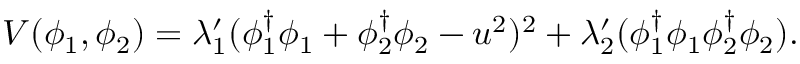
V ( \phi _ { 1 } , \phi _ { 2 } ) = \lambda _ { 1 } ^ { \prime } ( \phi _ { 1 } ^ { \dagger } \phi _ { 1 } + \phi _ { 2 } ^ { \dagger } \phi _ { 2 } - u ^ { 2 } ) ^ { 2 } + \lambda _ { 2 } ^ { \prime } ( \phi _ { 1 } ^ { \dagger } \phi _ { 1 } \phi _ { 2 } ^ { \dagger } \phi _ { 2 } ) .